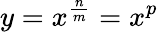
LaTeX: y=x^{\frac{n}{m}}=x^{p}